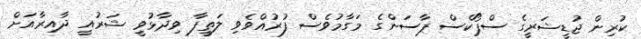
ކުރިން ޖުޑީޝަރީގެ ސްޕޯކްސް ޕާސަންގެ މަގާމުވެސް ފުރުއްވެވި ލަތީފާ ވިދާޅުވީ ޝަރުއީ ދާއިރާއަށް